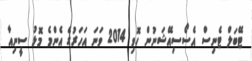
ޓޭބަލް ޓެނިސް އެސޯސިއޭޝަނުން ހޮވި 2014 ވަނަ އަހަރުގެ އެންމެ މޮޅު ސީނިއާ